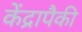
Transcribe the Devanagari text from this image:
केंद्रापैकी